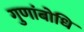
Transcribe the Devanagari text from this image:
गुणांबोधि